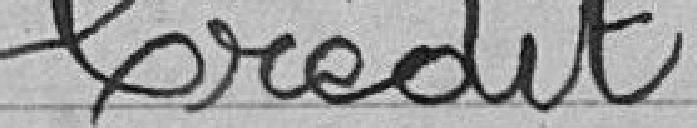
Crédit